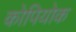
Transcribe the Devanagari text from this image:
कोपियोक